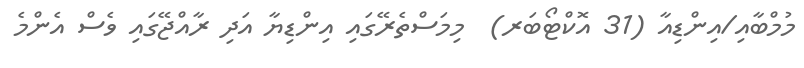
މުމްބާއި/އިންޑިއާ (31 އޮކްޓޯބަރ)  މިމަސްތެރޭގައި އިންޑިޔާ އަދި ރާއްޖޭގައި ވެސް އެންމެ